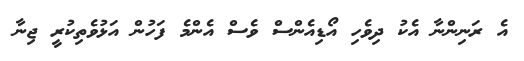
އެ ރަނިންނާ އެކު ދިވެހި އޯޑިއެންސް ވެސް އެންމެ ފަހުން އަޅުވެތިކުރީ ޖިނާ